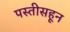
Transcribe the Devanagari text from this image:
पस्‍तीसहून